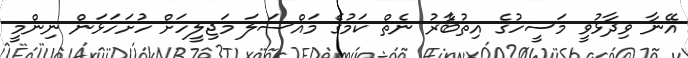
އޭނާ ވިދާޅުވީ މަސީހުގެ އިތުބާެރު ނެތް ކަމުގެ މައްސަލަ މަޖިލީހަށް ހުށަހަޅަން ނިންމީ